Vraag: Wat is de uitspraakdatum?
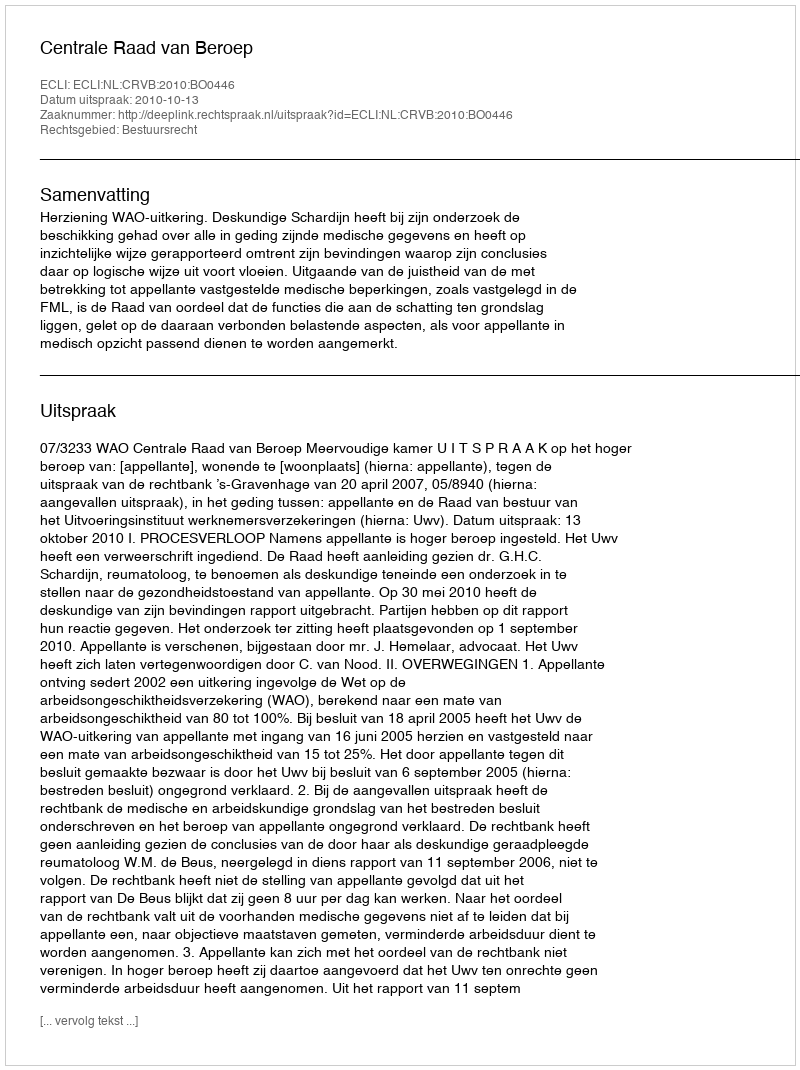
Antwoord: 2010-10-13